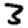
Digit: 3